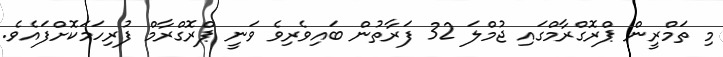
މި ތަމްރީން ޕްރޮގްރާމްގައި ޖުމްލަ 32 ފަރާތުން ބައިވެރިވެ ވަނީ ޕްރޮގްރާމް ފުރިހަމަކޮށްފައެވެ.